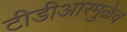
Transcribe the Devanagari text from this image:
टीडीआरमुळेच